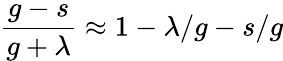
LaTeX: \frac{g-s}{g+\lambda}\approx 1-\lambda/g-s/g